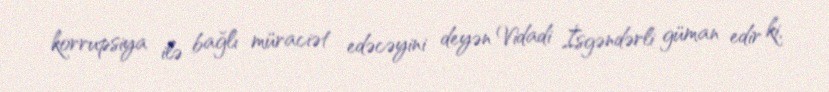
korrupsiya ilə bağlı müraciət edəcəyini deyən Vidadi İsgəndərli güman edir ki,